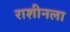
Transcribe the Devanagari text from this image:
राशीनला